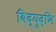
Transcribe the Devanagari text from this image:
विद्युदभि